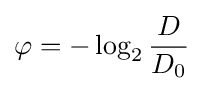
\varphi =-\log _{2}{\frac {D}{D_{0}}}